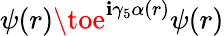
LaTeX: \psi(r)\toe^{\mathbf{i}\gamma_{5}\alpha(r)}\psi(r)